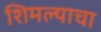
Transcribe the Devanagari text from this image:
शिमल्याचा